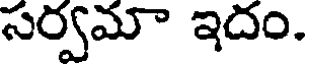
సర్వమా ఇదం.